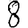
Digit: 8